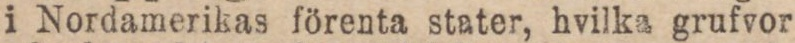
i Nordamerikas förenta stater, hvilka grufvor